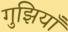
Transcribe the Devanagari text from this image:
गुझियाँ